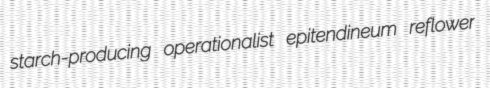
starch-producing operationalist epitendineum reflower